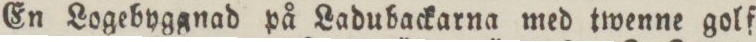
En Logebyggnad på Ladubackarna med twenne golf